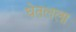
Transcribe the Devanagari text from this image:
घेतलला